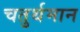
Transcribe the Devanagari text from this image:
चतुर्थमान